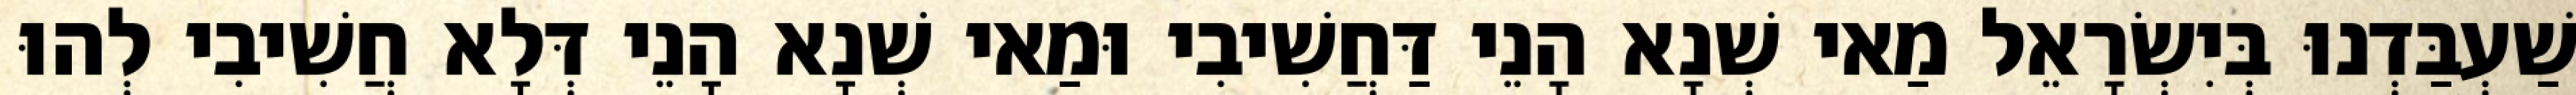
שַׁעְבַּדְנוּ בְּיִשְׂרָאֵל מַאי שְׁנָא הָנֵי דַּחֲשִׁיבִי וּמַאי שְׁנָא הָנֵי דְּלָא חֲשִׁיבִי לְהוּ